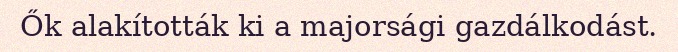
Ők alakították ki a majorsági gazdálkodást.